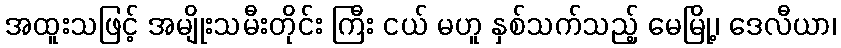
အထူးသဖြင့် အမျိုးသမီးတိုင်း ကြီး ငယ် မဟူ နှစ်သက်သည့် မေမြို့၊ ဒေလီယာ၊